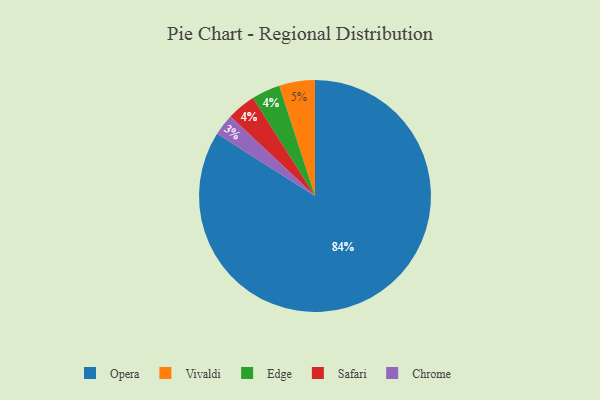
{"axis": {"x": "Category", "y": "Percentage"}, "legend": ["Chrome", "Edge", "Opera", "Safari", "Vivaldi"], "data": [{"x": "Chrome", "y": 3, "type": "Chrome"}, {"x": "Vivaldi", "y": 5, "type": "Vivaldi"}, {"x": "Edge", "y": 4, "type": "Edge"}, {"x": "Safari", "y": 4, "type": "Safari"}, {"x": "Opera", "y": 84, "type": "Opera"}]}